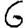
Digit: 6